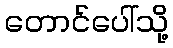
တောင်ပေါ်သို့